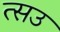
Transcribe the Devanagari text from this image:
त्सउ